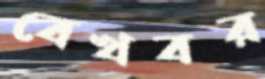
বেখবর